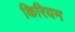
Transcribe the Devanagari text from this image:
किरियम